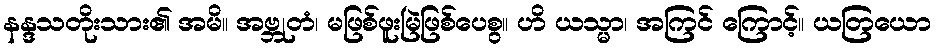
နန္ဒသတိုးသား၏ အမိ။ အဗ္ဘုတံ၊ မဖြစ်ဖူးမြဲဖြစ်ပေစွ။ ဟိ ယသ္မာ၊ အကြင် ကြောင့်။ ယတြယော